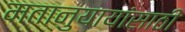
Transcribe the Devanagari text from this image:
मतानुयायांसाठी